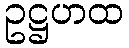
ဥဋ္ဌဟထ